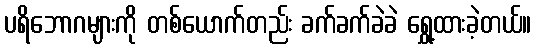
ပရိဘောဂများကို တစ်ယောက်တည်း ခက်ခက်ခဲခဲ ရွှေ့ထားခဲ့တယ်။